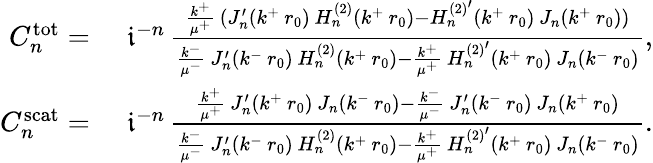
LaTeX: \begin{array}{rl}{C_{n}^{\mathrm{tot}}=}&{\, \, \mathfrak{i}^{-n}\, \frac{\frac{k^{+}}{\mu^{+}}\, (J_{n}^{\prime}(k^{+}\, r_{0})\, H_{n}^{(2)}(k^{+}\, r_{0})-H_{n}^{{(2)}^{\prime}}(k^{+}\, r_{0})\, J_{n}(k^{+}\, r_{0}))}{\frac{k^{-}}{\mu^{-}}\, J_{n}^{\prime}(k^{-}\, r_{0})\, H_{n}^{(2)}(k^{+}\, r_{0})-\frac{k^{+}}{\mu^{+}}\, H_{n}^{{(2)}^{\prime}}(k^{+}\, r_{0})\, J_{n}(k^{-}\, r_{0})},}\\ {C_{n}^{\mathrm{scat}}=}&{\, \, \mathfrak{i}^{-n}\, \frac{\frac{k^{+}}{\mu^{+}}\, J_{n}^{\prime}(k^{+}\, r_{0})\, J_{n}(k^{-}\, r_{0})-\frac{k^{-}}{\mu^{-}}\, J_{n}^{\prime}(k^{-}\, r_{0})\, J_{n}(k^{+}\, r_{0})}{\frac{k^{-}}{\mu^{-}}\, J_{n}^{\prime}(k^{-}\, r_{0})\, H_{n}^{(2)}(k^{+}\, r_{0})-\frac{k^{+}}{\mu^{+}}\, H_{n}^{{(2)}^{\prime}}(k^{+}\, r_{0})\, J_{n}(k^{-}\, r_{0})}.}\end{array}